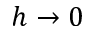
h \rightarrow 0